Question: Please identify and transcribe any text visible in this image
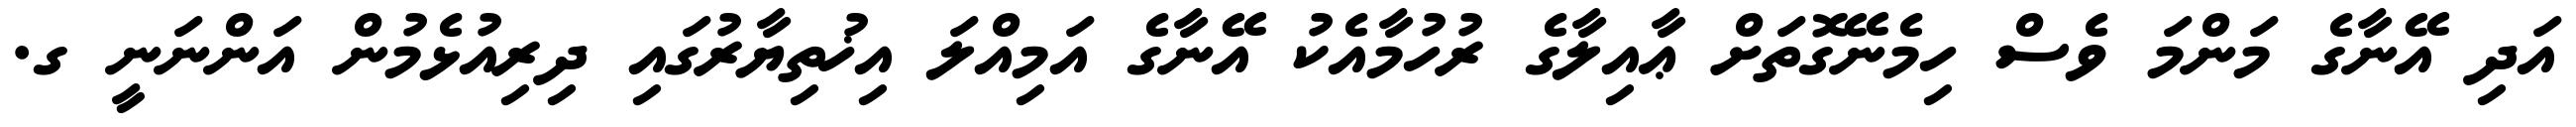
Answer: އަދި އޭނާގެ މަންމަ ވެސް ހިމެނޭގޮތަށް ޢާއިލާގެ ރުހުމާއެކު އޭނާގެ އަމިއްލަ އިޚުތިޔާރުގައި ދިރިއުޅެމުން އަންނަނީ ގ.